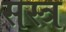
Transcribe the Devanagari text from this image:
सस्त्र